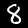
Label: 8